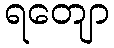
ရတျော